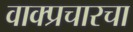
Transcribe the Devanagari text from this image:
वाक्प्रचारचा